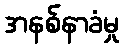
အနစ်နာခံမှု